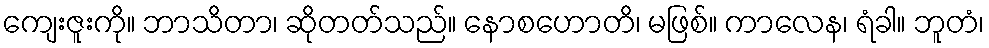
ကျေးဇူးကို။ ဘာသိတာ၊ ဆိုတတ်သည်။ နောစဟောတိ၊ မဖြစ်။ ကာလေန၊ ရံခါ။ ဘူတံ၊